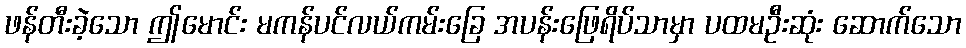
ဖန်တီးခဲ့သော ဤမောင်း မကန်ပင်လယ်ကမ်းခြေ အပန်းဖြေရိပ်သာမှာ ပထမဦးဆုံး ဆောက်သော